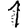
Digit: 1